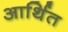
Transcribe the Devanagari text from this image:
आर्थित